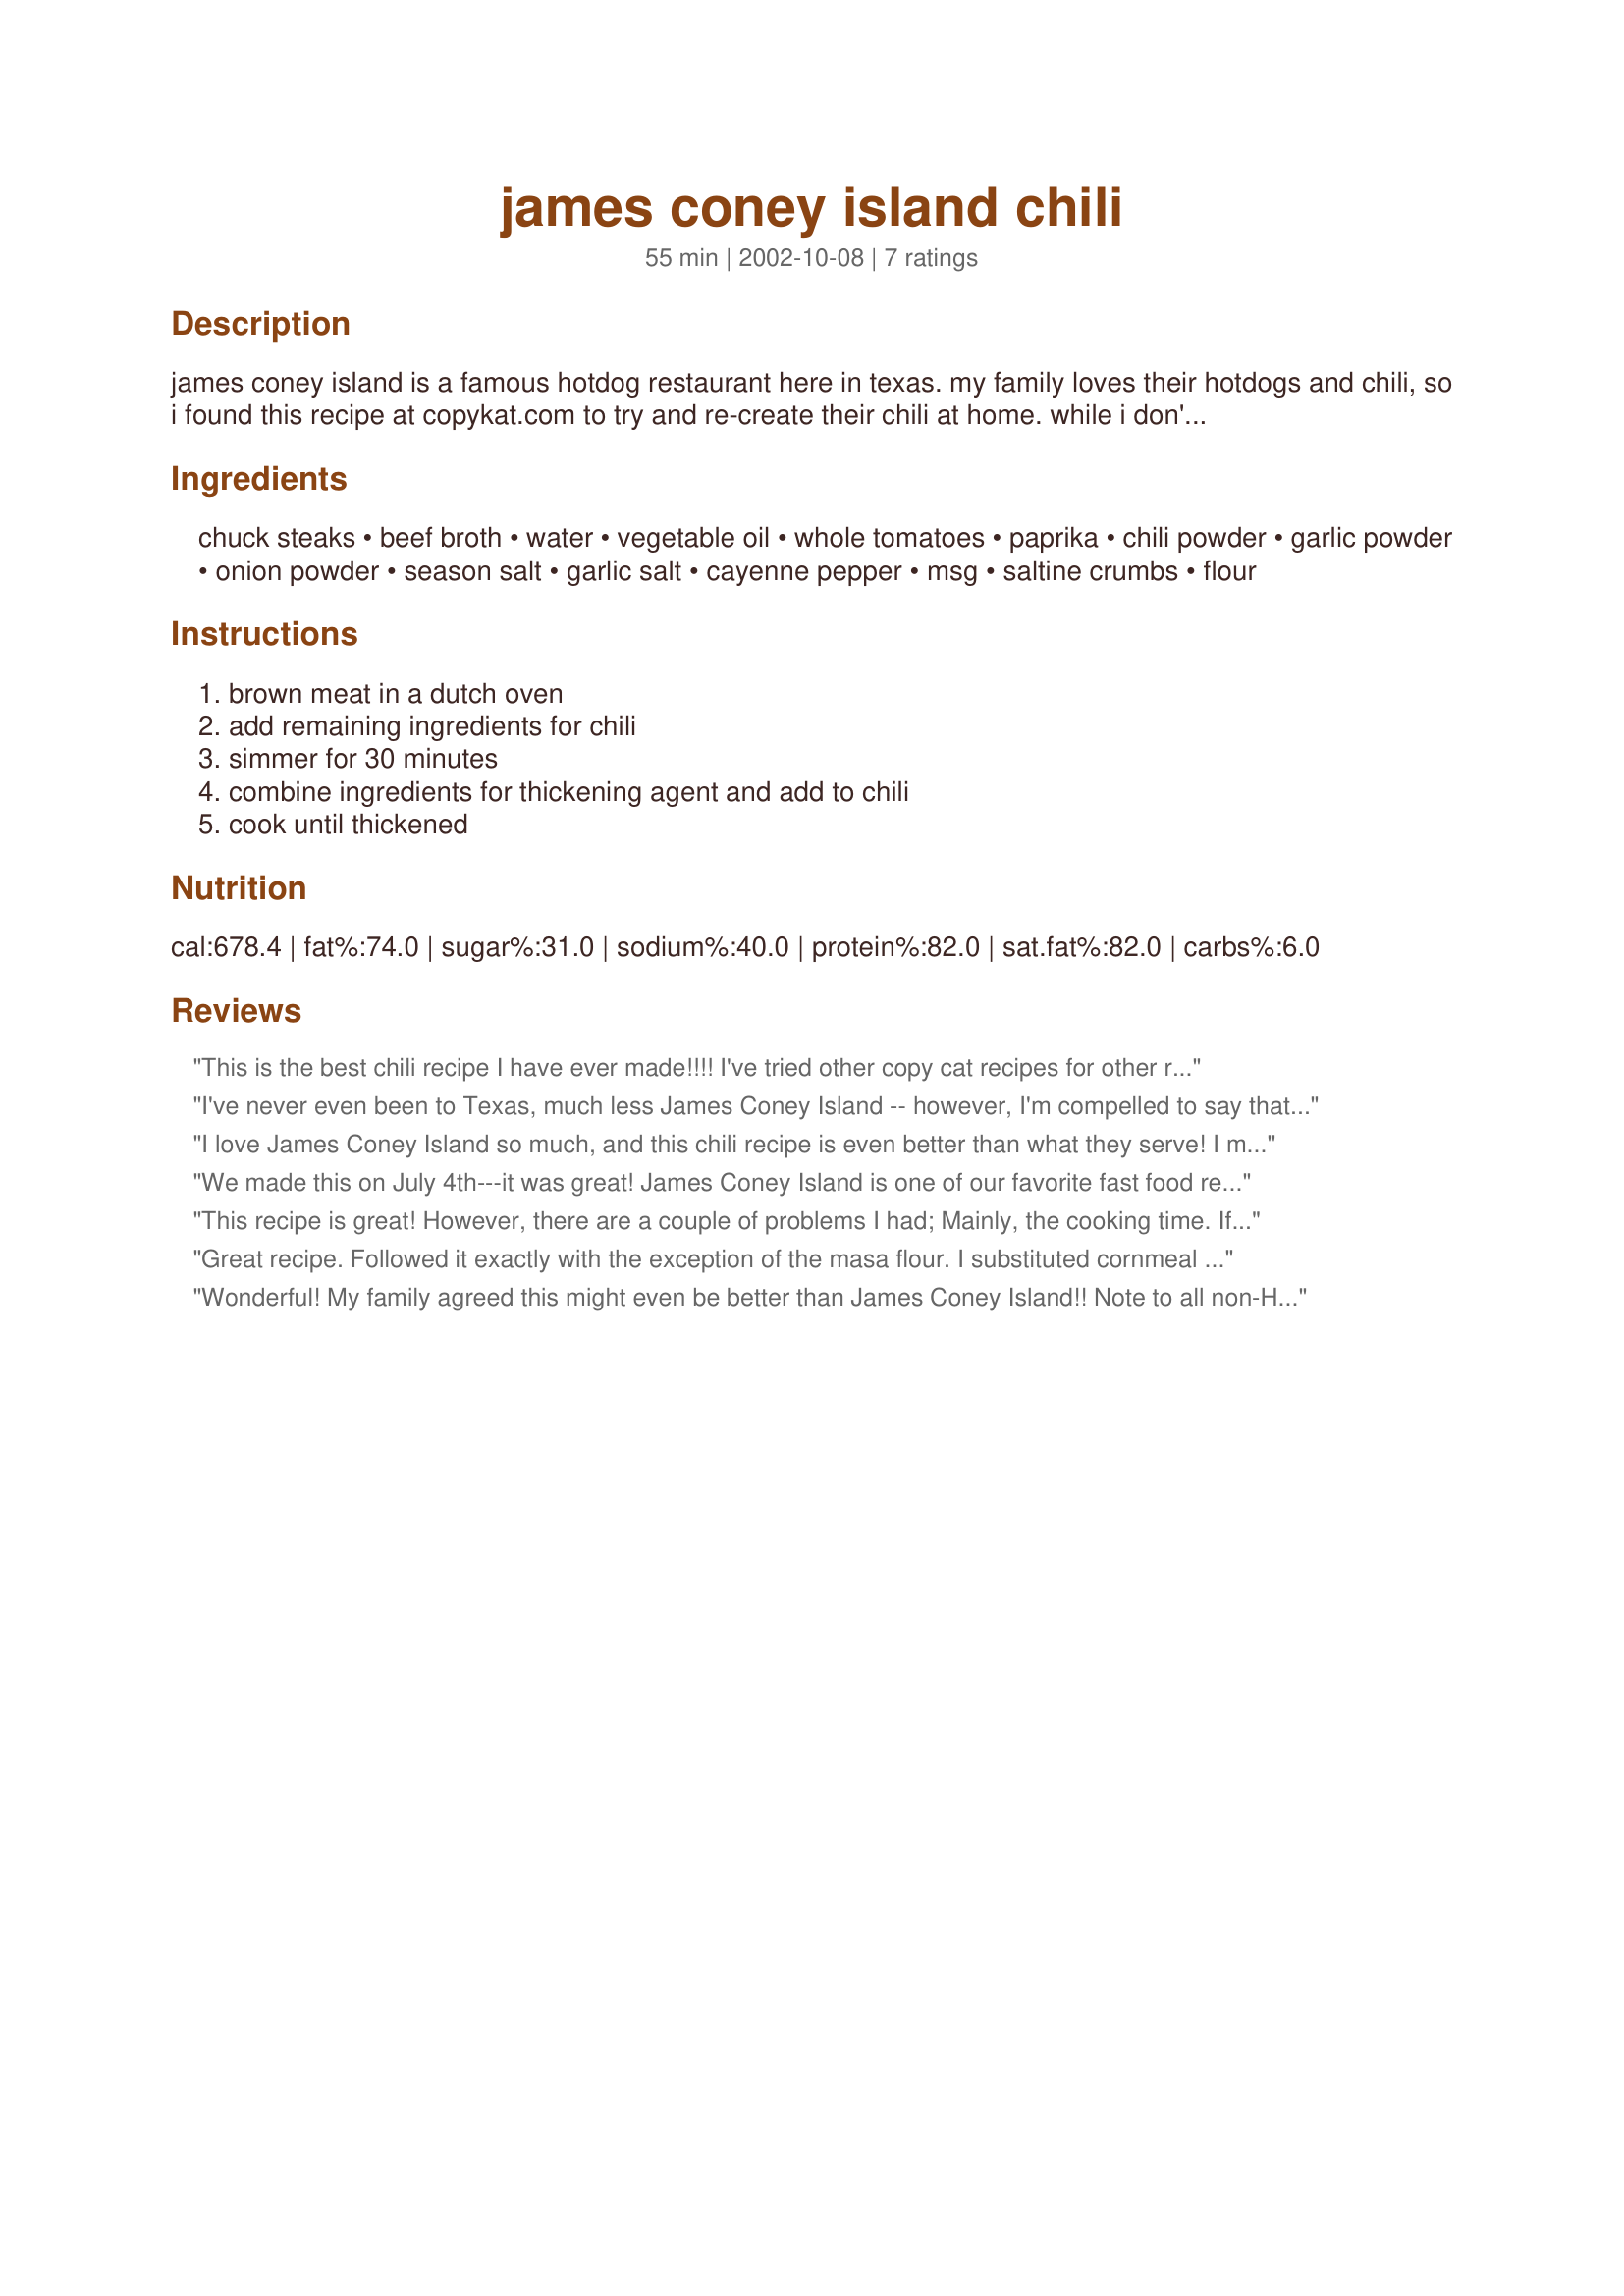
james coney island chili
Preparation time: 55 minutes

james coney island is a famous hotdog restaurant here in texas. my family loves their hotdogs and chili, so i found this recipe at copykat.com to try and re-create their chili at home. while i don't think it is the exact recipe, i do think it comes pretty close!

Ingredients:
chuck steaks, beef broth, water, vegetable oil, whole tomatoes, paprika, chili powder, garlic powder, onion powder, season salt, garlic salt, cayenne pepper, msg, saltine crumbs, flour

Steps:
brown meat in a dutch oven, add remaining ingredients for chili, simmer for 30 minutes, combine ingredients for thickening agent and add to chili, cook until thickened

Reviews:
This is the best chili recipe I have ever made!!!! I've tried other copy cat recipes for other restaurants, but there is no comparison to this one!!

Would highly recommend this recipe!!
I've never even been to Texas, much less James Coney Island -- however, I'm compelled to say that this is a VERY impressive sauce, maybe the best I've made to date (I make about 30 different hot dog sauces). I had one small issue with it: up until the moment I used the thickener, it was fantastic in flavor. I just didn't care much for the mesa flour taste after thickening, though. The sauce was still outstanding but I think that this might be an acquired Texas taste, so next time, I plan to just let it cook and thicken a bit longer, or, use some mild taco or fajita seasoning (Stir-ins brand maybe) as thickener. Still, it's hard to find a sauce that's this great. I think that anyone who skips the chuck steak ingredient and home grinding, and who opts to use regular burger or ground round instead, will be disappointed. I just ground up (pulsed) my trimmed chuck steak in the food processor and it was super-easy. Not a big deal. Thanks for posting this recipe, Kim. I was going to post it myself until I checked and found that your recipe was exactly the same as mine.
I love James Coney Island so much, and this chili recipe is even better than what they serve! I made 2 changes because I wanted it to be thick. I used less liquid, I just did the 2 cans of tomatoes blended, 1 can of beef broth, and substituted 1 beer for the water. Also, for the thickening agent, I only used 3/4 cup of water, and about twice as much flour (I used corn meal as well). Again though, it was delicious!!!
We made this on July 4th---it was great! James Coney Island is one of our favorite fast food restaurants in Houston and we were pleased to find this recipe. We put the meat in the food processor and used regular flour as was suggested by reviewers. I think that the grinding of the steak makes a big difference in the taste and is worth the little extra effort. Thanks for posting!
This recipe is great! However, there are a couple of problems I had; Mainly, the cooking time. If you're going to use diced steak (Which you should!), it needs to cook WAY longer than 30 minutes. More like two hours, possible three. The thing about JCI's chili is that it's made with cubed meat that's been cooked until it falls apart, but there's still a bigger chunk here or there. 30 minutes simply doesn't cut it for that. The only other problem I had was the masa flour; It makes it taste a little strange, as mentioned in another review. Thankfully I only made a test batch with the masa, so I used regular flour in the real batch. Worked like a charm, no funky taste.
Great recipe. Followed it exactly with the exception of the masa flour. I substituted cornmeal for the masa and it provided the right texture and the taste was spot on. Thanks for a wonderful recipe.
Wonderful! My family agreed this might even be better than James Coney Island!! Note to all non-Houstonians-if you are looking for a thick, meaty, rich chili,THIS IS IT! An A+ hot dog topper and great for chili pies,too. Thanks for sharing, Kim.
